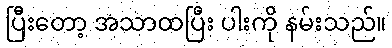
ပြီးတော့ အသာထပြီး ပါးကို နမ်းသည်။